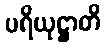
ပရိယုဋ္ဌာတိ